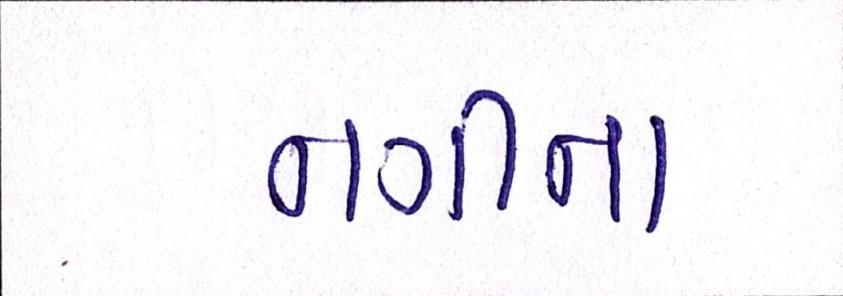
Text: નગીના